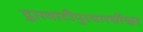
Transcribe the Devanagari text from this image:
द्वारवाटीपुरवारधीश्वर